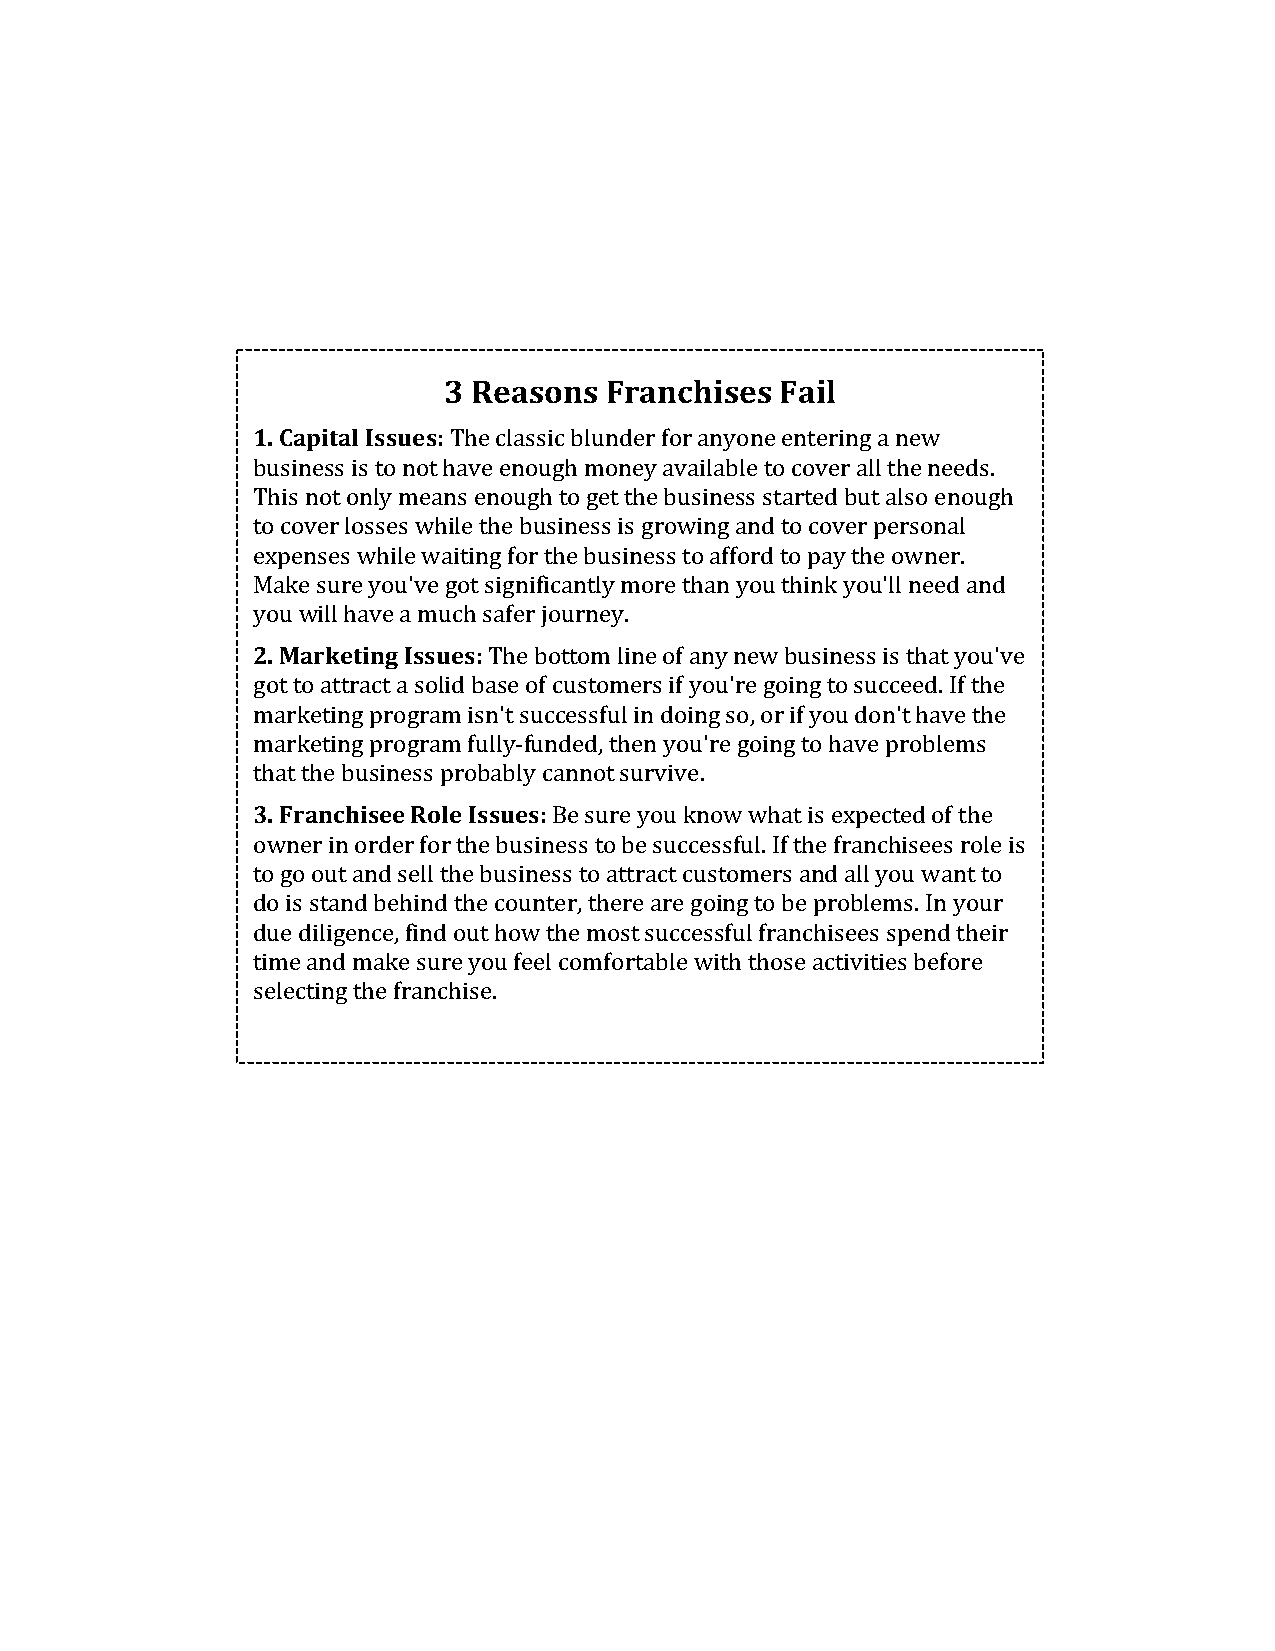
3 Reasons  Franchises  Fail
 1. Capital Issues: The classic blunder for anyone entering a new
 business is to not have enough money available to cover all the needs.
 This not only means enough to get the business started but also enough
 to cover losses while the business is growing and to cover personal
 expenses while waiting for the business to afford to pay the owner.
 Make sure you've got significantly more than you think you'll need and
 you will have a much safer journey.
 2. Marketing Issues: The bottom line of any new business is that you've
 got to attract a solid base of customers if you're going to succeed. If the
 marketing program isn't successful in doing so, or if you don't have the
 marketing program fully-funded, then you're going to have problems
 that the business probably cannot survive.
 3. Franchisee Role Issues: Be sure you know what is expected of the
 owner in order for the business to be successful. If the franchisees role is
 to go out and sell the business to attract customers and all you want to
 do is stand behind the counter, there are going to be problems. In your
 due diligence, find out how the most successful franchisees spend their
 time and make sure you feel comfortable with those activities before
 selecting the franchise.